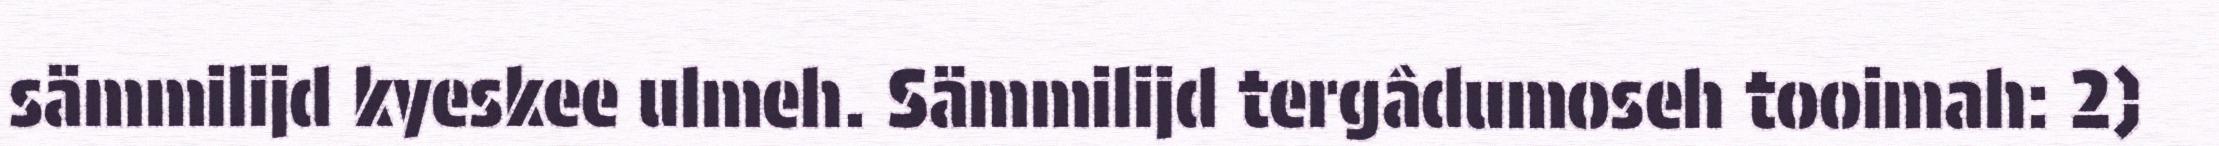
sämmilijd kyeskee ulmeh. Sämmilijd tergâdumoseh tooimah: 2)